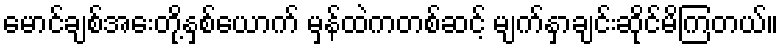
မောင်ချစ်အေးတို့နှစ်ယောက် မှန်ထဲကတစ်ဆင့် မျက်နှာချင်းဆိုင်မိကြတယ်။